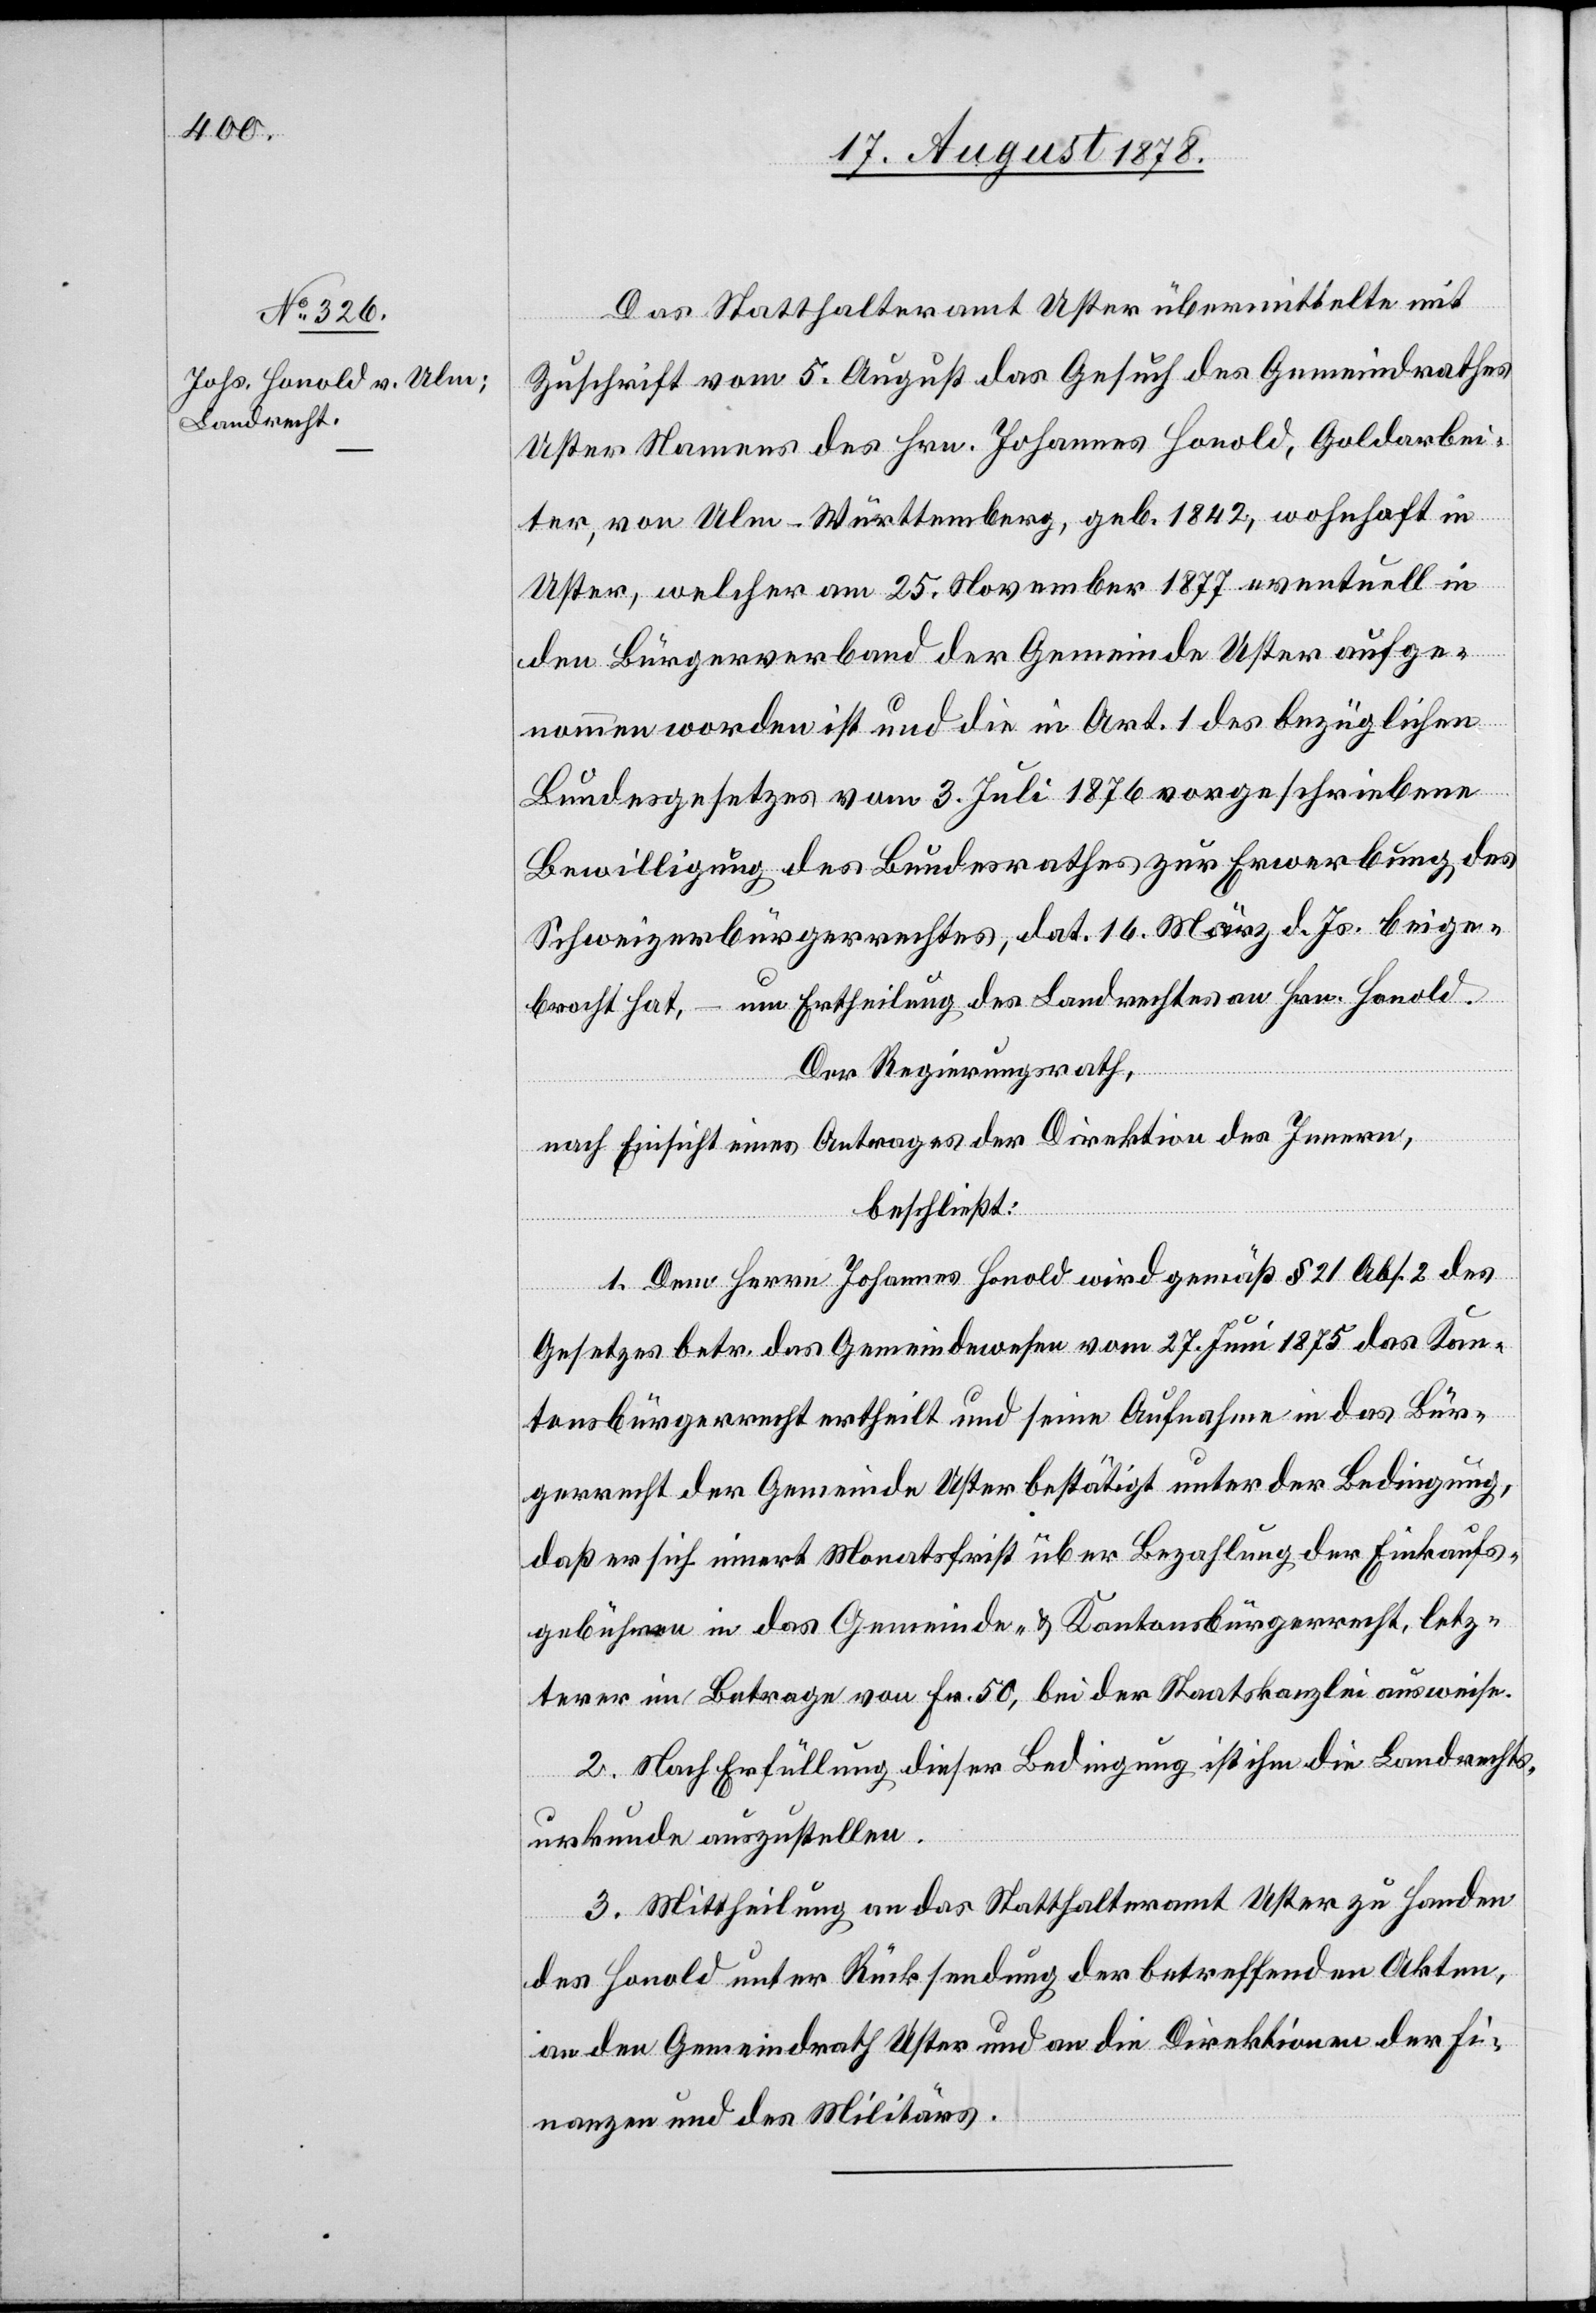
Das Statthalteramt Uster übermittelte mit
Zuschrift vom 5. August das Gesuch des Gemeindrathes
Uster Namens des Hrn. Johannes Honold, Goldarbei¬
ter, von Ulm - Württemberg, geb. 1842, wohnhaft in
Uster, welcher am 25. November 1877 eventuell in
den Bürgerverband der Gemeinde Uster aufge¬
nommen worden ist und die in Art. 1 des bezüglichen
Bundesgesetzes vom 3. Juli 1876 vorgeschriebene
Bewilligung des Bundesrathes zur Erwerbung des
Schweizerbürgerrechts, dat. 16. März d. Js. beige¬
bracht hat, – um Ertheilung des Landrechtes an Hrn. Honold.
Der Regierungsrath,
nach Einsicht eines Antrages der Direktion des Innern,
beschließt:
1. Dem Herrn Johannes Honold wird gemäß § 21 Abs. 2 des
Gesetzes betr. das Gemeindewesen vom 27. Juni 1875 das Kan¬
tonsbürgerrecht ertheilt und seine Aufnahme in das Bür¬
gerrecht der Gemeinde Uster bestätigt unter der Bedingung,
daß er sich innert Monatsfrist über Bezahlung der Einkaufs¬
gebühren in das Gemeinde- & Kantonsbürgerrecht, letz¬
terer im Betrage von Fr. 50, bei der Staatskanzlei ausweise.
2. Nach Erfüllung dieser Bedingung ist ihm die Landrechts¬
urkunde auszustellen.
3. Mittheilung an das Statthalteramt Uster zu Handen
des Honold unter Rücksendung der betreffenden Akten,
an den Gemeindrath Uster und an die Direktionen der Fi¬
nanzen und des Militärs.